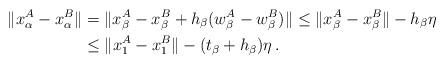
LaTeX: \begin{align*}\|x_\alpha^A -x_\alpha^B \| &= \|x_\beta^A-x_\beta^B + h_\beta(w^A_\beta-w^B_\beta)\| \le \|x_\beta^A-x_\beta^B\| - h_\beta \eta \\&\le \|x_1^A-x_1^B\| -(t_\beta+ h_\beta) \eta \, .\end{align*}